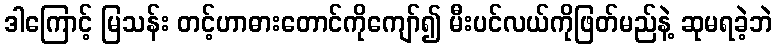
ဒါကြောင့် မြသန်း တင့်ဟာဓားတောင်ကိုကျော်၍ မီးပင်လယ်ကိုဖြတ်မည်နဲ့ ဆုမရခဲ့ဘဲ